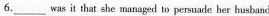
6.__was it that she managed to persuade her husband